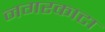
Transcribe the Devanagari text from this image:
नगरकाटा